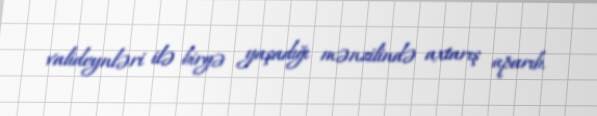
valideynləri ilə birgə yaşadığı mənzilində axtarış aparıb.